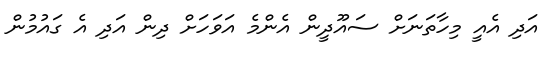
އަދި އެއީ މިހާތަނަށް ސައޫދީން އެންމެ އަވަހަށް ދިން އަދި އެ ގައުމުން